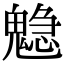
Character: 𩴃